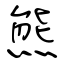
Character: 熊